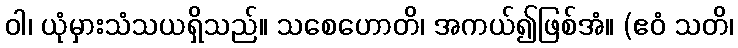
ဝါ၊ ယုံမှားသံသယရှိသည်။ သစေဟောတိ၊ အကယ်၍ဖြစ်အံ။ (ဧဝံ သတိ၊